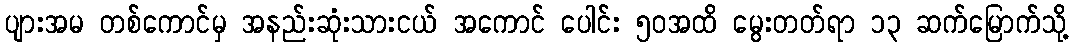
ပျားအမ တစ်ကောင်မှ အနည်းဆုံးသားငယ် အကောင် ပေါင်း ၅၀အထိ မွေးတတ်ရာ ၁၃ ဆက်မြောက်သို့